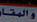
والمقا